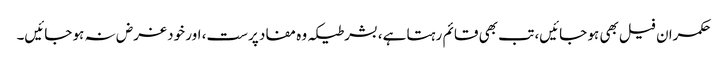
حکمران فیل بھی ہو جائیں، تب بھی قائم رہتا ہے، بشرطیکہ وہ مفاد پرست، اور خود غرض نہ ہو جائیں۔